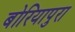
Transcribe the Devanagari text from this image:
बोरियापुरा